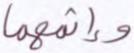
وإثمهما